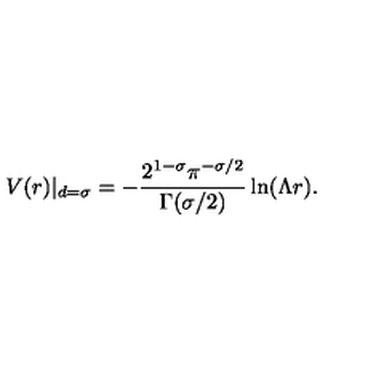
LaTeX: V ( r ) | _ { d = \sigma } = - \frac { 2 ^ { 1 - \sigma } \pi ^ { - \sigma / 2 } } { \Gamma ( \sigma / 2 ) } \ln ( \Lambda r ) .